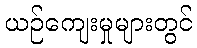
ယဉ်ကျေးမှုများတွင်